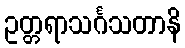
ဥတ္တရာသင်္ဂသတာနိ